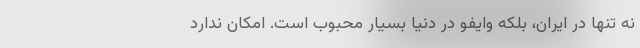
نه تنها در ایران، بلکه وایفو در دنیا بسیار محبوب است. امکان ندارد